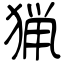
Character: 猟